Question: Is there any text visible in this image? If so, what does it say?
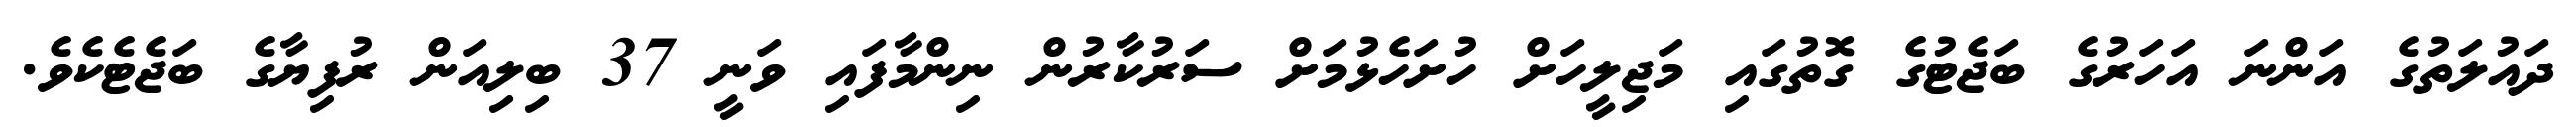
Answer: ދައުލަތުގެ އަންނަ އަހަރުގެ ބަޖެޓުގެ ގޮތުގައި މަޖިލީހަށް ހުށަހެޅުމަށް ސަރުކާރުން ނިންމާފައި ވަނީ 37 ބިލިއަން ރުފިޔާގެ ބަޖެޓެކެވެ.